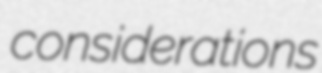
considerations